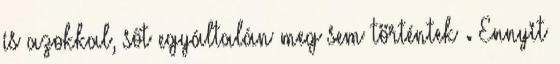
is azokkal, sőt egyáltalán meg sem történtek . Ennyit